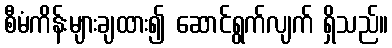
စီမံကိန်းများချထား၍ ဆောင်ရွက်လျက် ရှိသည်။